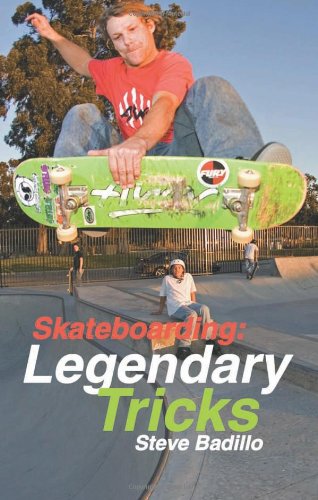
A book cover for Skateboarding: Legendary Tricks; Steve Badillo; Sports & Outdoors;